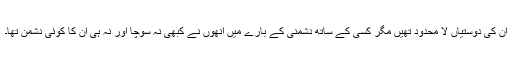
ان کی دوستیاں لا محدود تھیں مگر کسی کے ساتھ دشمنی کے بارے میں انھوں نے کبھی نہ سوچا اور نہ ہی ان کا کوئی دشمن تھا۔